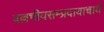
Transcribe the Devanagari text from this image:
वल्लभीयसम्प्रदायाचार्य